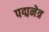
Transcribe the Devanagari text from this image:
पद्मनेत्र